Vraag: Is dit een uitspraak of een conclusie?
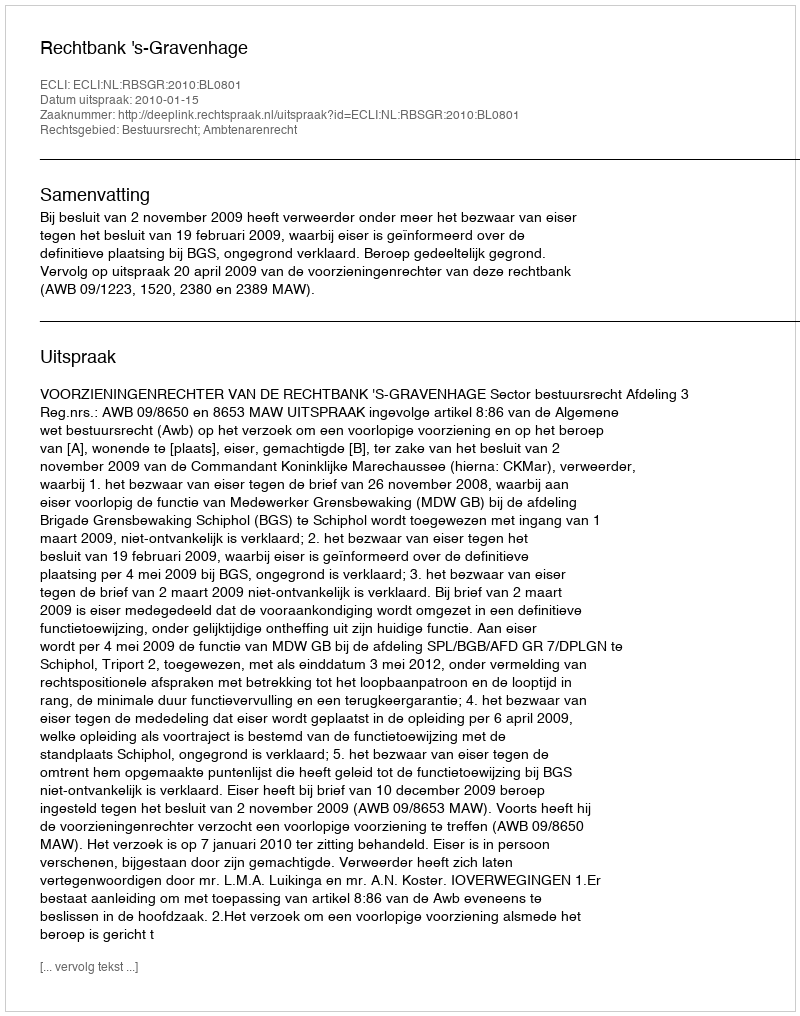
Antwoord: Uitspraak